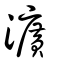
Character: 瀇